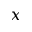
x